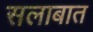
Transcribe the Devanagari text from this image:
सलाबात